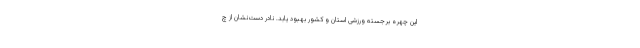
این چهره برجسته ورزشی استان و کشور بهبود یابد. نادر دست‌نشان از چ